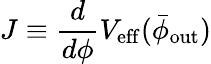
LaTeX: J\equiv\frac{d}{d\phi}V_{\mathrm{eff}}(\bar{\phi}_{\mathrm{out}})